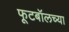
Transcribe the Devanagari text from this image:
फूटबॉलच्या